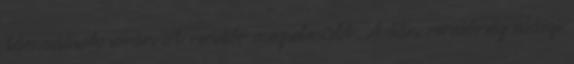
támadások során öt rendőr megsebesült. A dán rendőrség eddigi